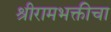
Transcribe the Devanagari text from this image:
श्रीरामभक्तीचा